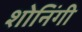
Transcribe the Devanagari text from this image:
शोनिंगी